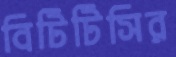
বিটিটিসির